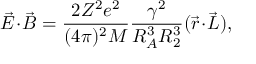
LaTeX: \vec { E } \! \cdot \! \vec { B } = \frac { 2 Z ^ { 2 } e ^ { 2 } } { ( 4 \pi ) ^ { 2 } M } \frac { \gamma ^ { 2 } } { R _ { A } ^ { 3 } R _ { 2 } ^ { 3 } } ( \vec { r } \! \cdot \! \vec { L } ) ,